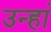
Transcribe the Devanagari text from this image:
उन्हां